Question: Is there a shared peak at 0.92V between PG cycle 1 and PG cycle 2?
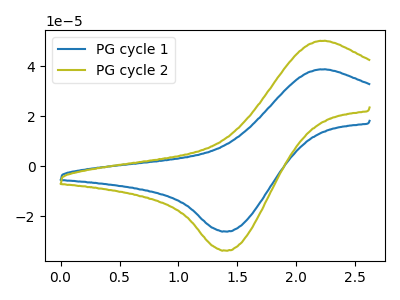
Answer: <think>The blue curve "PG cycle 1" has an anodic peak at (2.20V, 38.80uA) and a cathodic peak at (1.40V, -26.00uA). The olive curve "PG cycle 2" has an anodic peak at (2.20V, 50.15uA) and a cathodic peak at (1.40V, -33.60uA).</think>
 <answer>No, "PG cycle 1" and "PG cycle 2" dont share a peak at 0.92V.</answer>
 <eval>mismatch</eval>